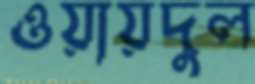
ওয়ায়দুল